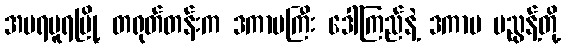
အမရပူရမြို့ တရုတ်တန်းက ဒကာမကြီး ဒေါ်ကြည်နဲ့ ဒကာမ မညွန့်တို့